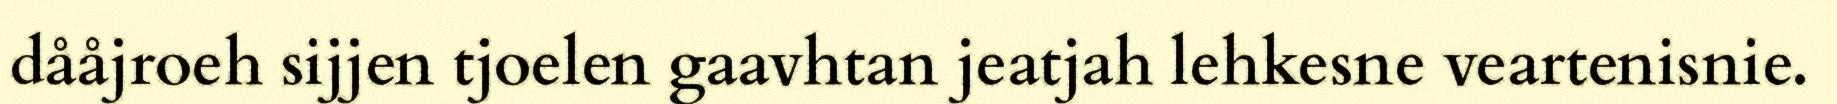
dååjroeh sijjen tjoelen gaavhtan jeatjah lehkesne veartenisnie.